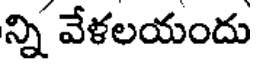
న్ని వేళలయందు